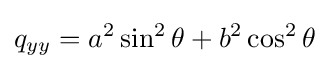
q_{yy}=a^{2}\sin ^{2}\theta +b^{2}\cos ^{2}\theta